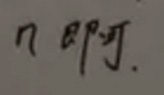
$n$  即可